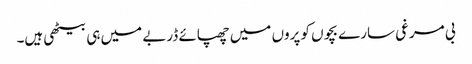
بی مرغی سارے بچوں کو پروں میں چھپائے ڈربے میں ہی بیٹھی ہیں۔